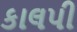
કાલપી